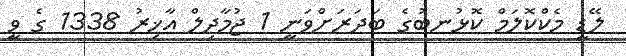
ލޭޑީ މެކްކޮލަމް ކޮޅުނބުގެ ބަދަރަށްވަނީ 1 ޖުމާދިލް އާޚިރު 1338 ގެ ވީ